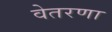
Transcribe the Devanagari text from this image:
वेतरणा